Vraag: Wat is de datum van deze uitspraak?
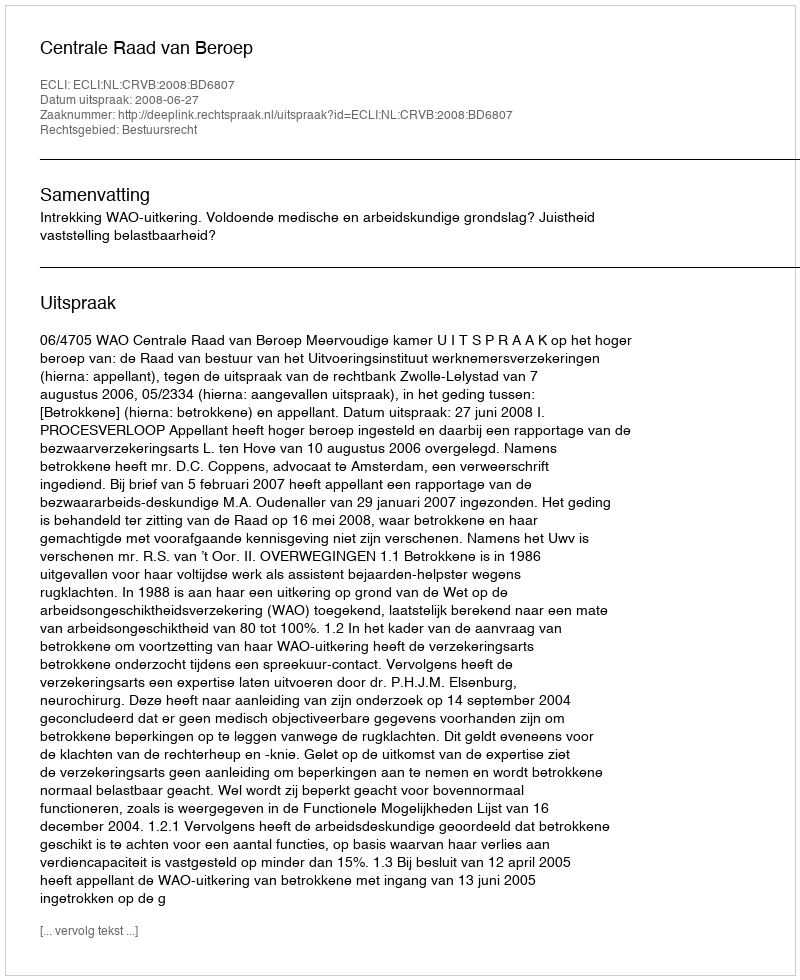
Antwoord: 2008-06-27